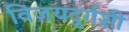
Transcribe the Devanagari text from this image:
विजयदुर्गशी